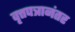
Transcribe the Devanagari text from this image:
वृत्तपत्रानंतर